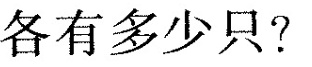
各有多少只?